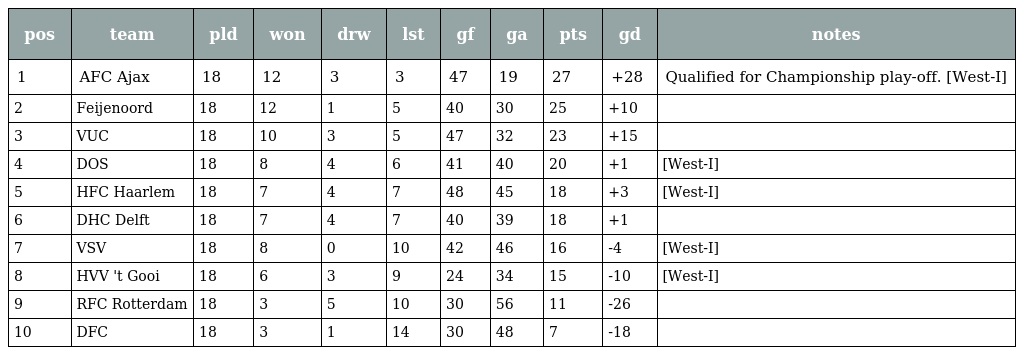
| pos | team | pld | won | drw | lst | gf | ga | pts | gd | notes |
 | --- | --- | --- | --- | --- | --- | --- | --- | --- | --- | --- |
 | 1 | AFC Ajax | 18 | 12 | 3 | 3 | 47 | 19 | 27 | +28 | Qualified for Championship play-off. [West-I] |
 | 2 | Feijenoord | 18 | 12 | 1 | 5 | 40 | 30 | 25 | +10 |  |
 | 3 | VUC | 18 | 10 | 3 | 5 | 47 | 32 | 23 | +15 |  |
 | 4 | DOS | 18 | 8 | 4 | 6 | 41 | 40 | 20 | +1 | [West-I] |
 | 5 | HFC Haarlem | 18 | 7 | 4 | 7 | 48 | 45 | 18 | +3 | [West-I] |
 | 6 | DHC Delft | 18 | 7 | 4 | 7 | 40 | 39 | 18 | +1 |  |
 | 7 | VSV | 18 | 8 | 0 | 10 | 42 | 46 | 16 | -4 | [West-I] |
 | 8 | HVV 't Gooi | 18 | 6 | 3 | 9 | 24 | 34 | 15 | -10 | [West-I] |
 | 9 | RFC Rotterdam | 18 | 3 | 5 | 10 | 30 | 56 | 11 | -26 |  |
 | 10 | DFC | 18 | 3 | 1 | 14 | 30 | 48 | 7 | -18 |  |